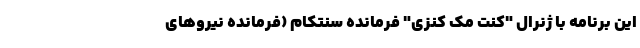
این برنامه با ژنرال "کنت مک کنزی" فرمانده سنتکام (فرمانده نیروهای